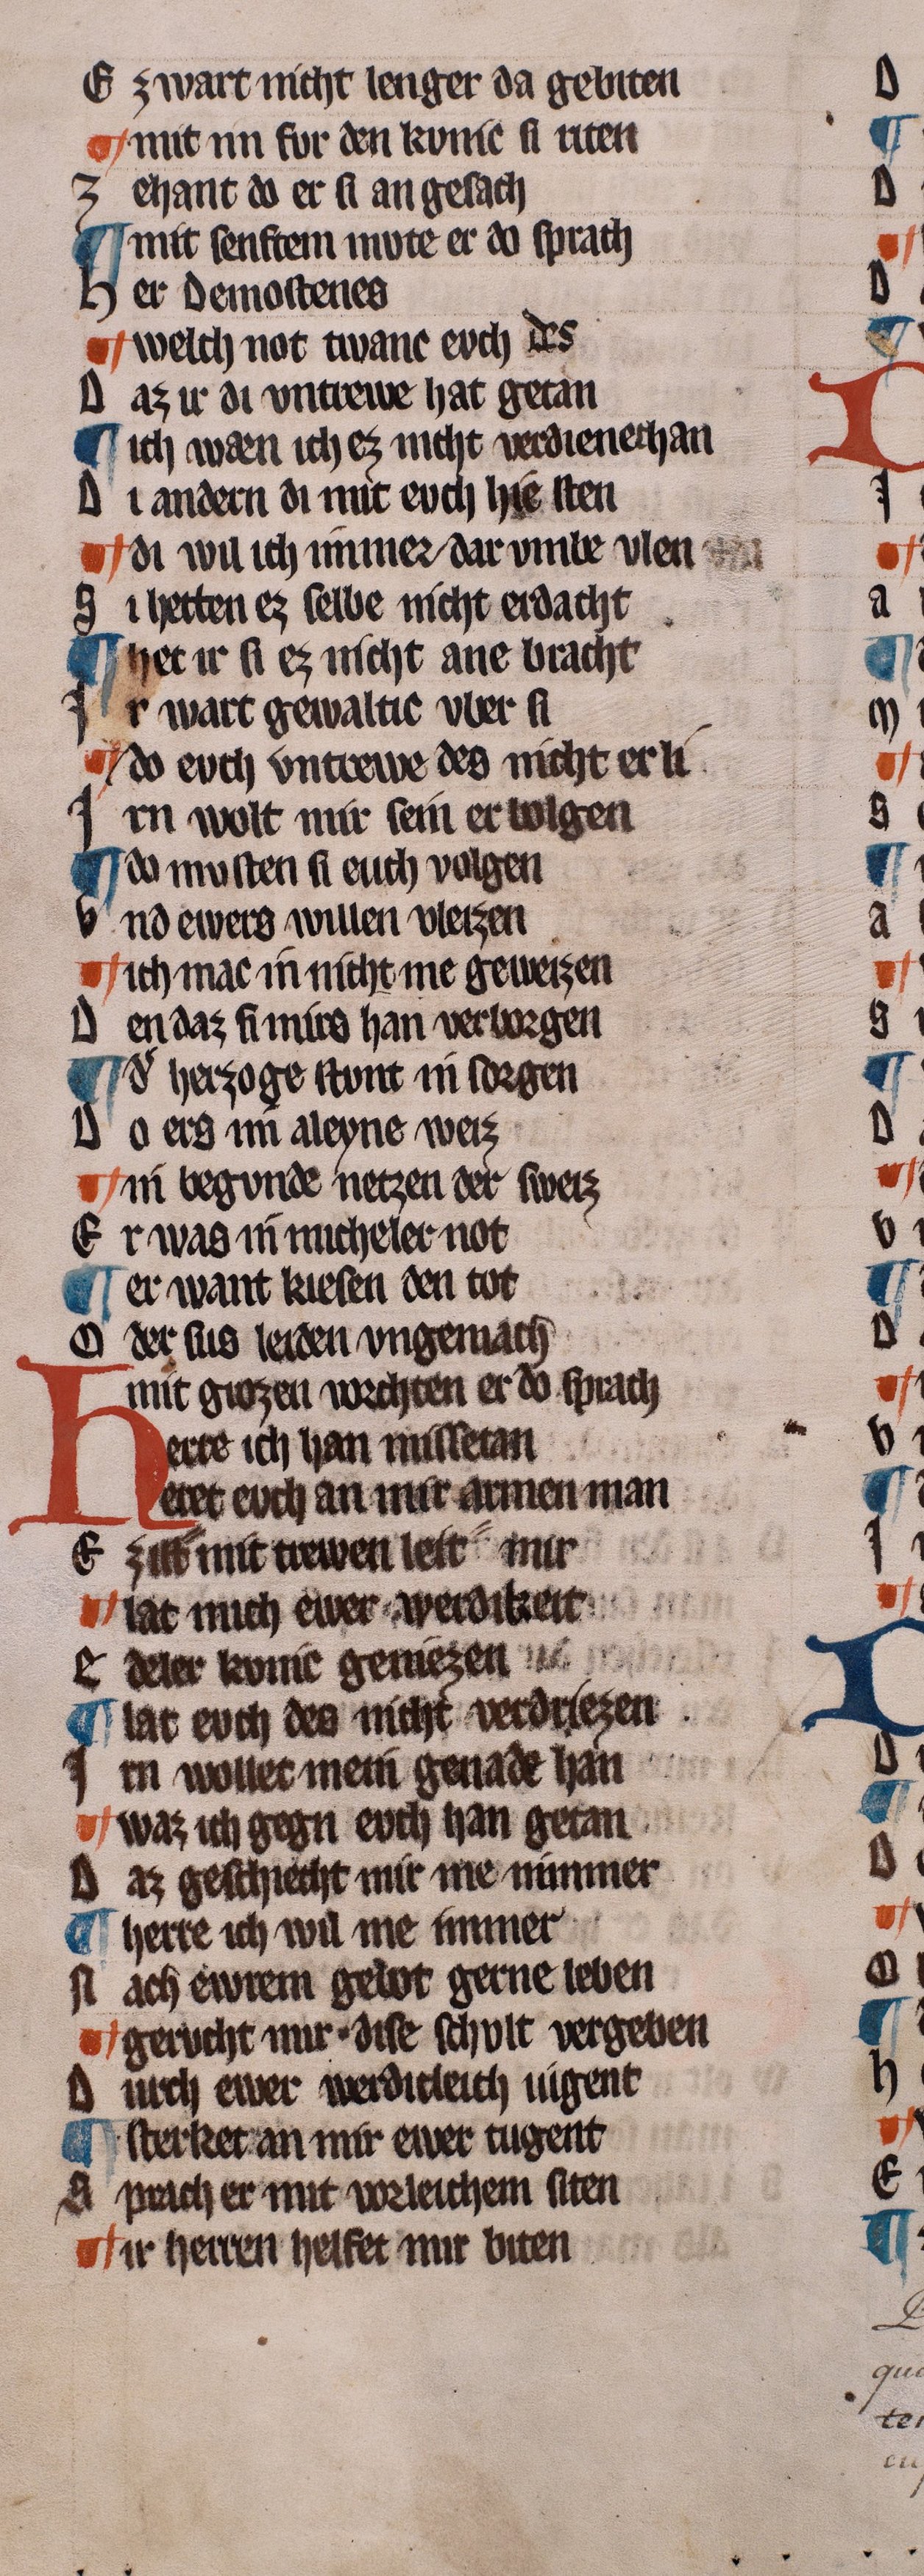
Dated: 1322–1322